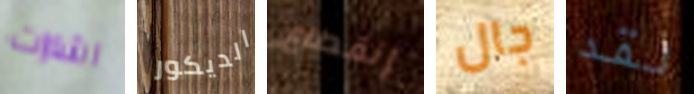
اشارات الديكور إنقطاع جال لقد